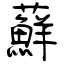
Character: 蘚